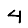
Digit: 4